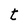
Character: t